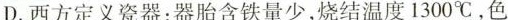
D.西方定义瓷器:器胎含铁量少,烧结温度1300℃，色